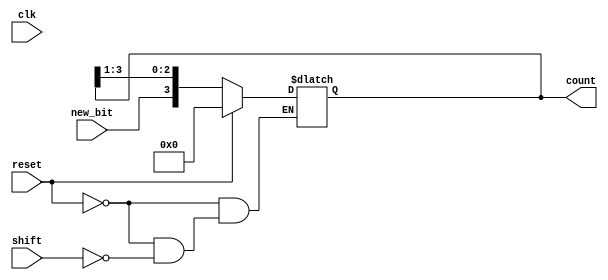
module async_shift_counter (
    input wire clk,        // Clock signal (not utilized for asynchronous operation)
    input wire reset,      // Reset signal to initialize the counter
    input wire shift,      // Shift input signal to perform the shift operation
    input wire new_bit,    // New bit to be shifted in (e.g., the LSB)
    output reg [3:0] count // 4-bit counter output
);

    // Asynchronous reset and shifting logic
    always @(*) begin
        if (reset) begin
            // When reset is active, initialize counter to 0
            count = 4'b0000;
        end else if (shift) begin
            // Perform right shift operation
            count = {new_bit, count[3:1]};
        end
        // If neither reset nor shift is active, maintain the current state
    end

endmodule